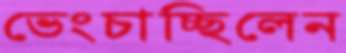
ভেংচাচ্ছিলেন